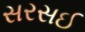
સરસઈ